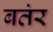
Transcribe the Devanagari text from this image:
बतंर